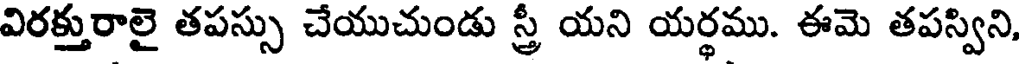
విరక్తురాలై తపస్సు చేయుచుండు స్త్రీ యని యర్థము. ఈమె తపస్విని,